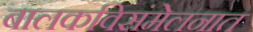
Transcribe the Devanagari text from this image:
बालकविसंमेलनात